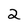
Character: 2